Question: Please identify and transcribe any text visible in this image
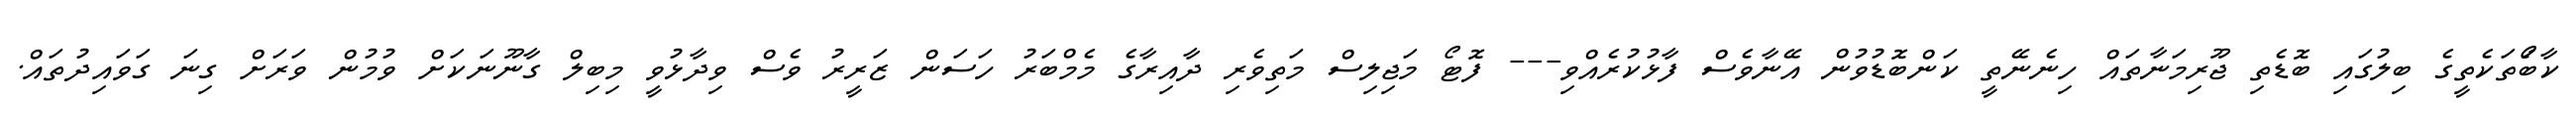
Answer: ކާބޯަތަކެތީގެ ބިލުގައި ބޮޑެތި ޖޫރިމަނާތައް ހިނެނޭތީ ކަންބޮޑުވުން އޭނާވެސް ފާޅުކުރެއްވި--- ފޮޓޯ މަޖިލިސް މަތިވެރި ދާއިރާގެ މެމްބަރު ހަސަން ޒަރީރު ވެސް ވިދާޅުވީ މިބިލް ގާނޫނަކަށް ވުމުން ވަރަށް ގިނަ ގަވައިދުތައް.